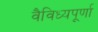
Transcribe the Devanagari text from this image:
वैविध्यपूर्णा